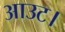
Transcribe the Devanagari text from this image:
आउट।